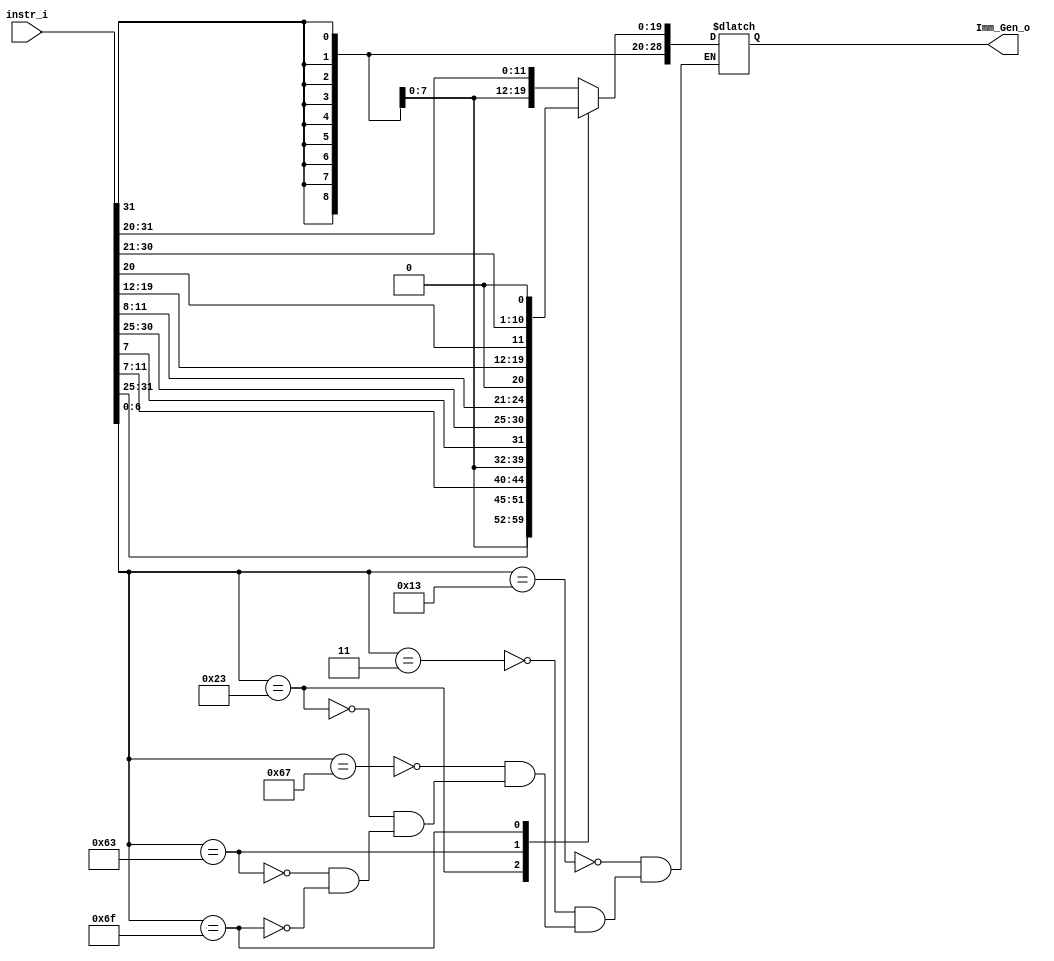

`timescale 1ns/1ps

module Imm_Gen(
    input  [31:0] instr_i,
    output reg[31:0] Imm_Gen_o
);

//Internal Signals
wire    [7-1:0] opcode;
wire    [2:0]   func3;
wire    [3-1:0] Instr_field;

assign opcode = instr_i[6:0];
assign func3  = instr_i[14:12];

/* Write your code HERE */
always@(*)begin
    case (opcode)
        7'b0010011: Imm_Gen_o = {{20{instr_i[31]}}, instr_i[31:20]};    //Itype = 20-12
        7'b0000011: Imm_Gen_o = {{20{instr_i[31]}}, instr_i[31:20]};    //lw I type
        7'b1100111: Imm_Gen_o = {{20{instr_i[31]}}, instr_i[31:20]};    //jalr Itype
        7'b0100011: Imm_Gen_o = {{20{instr_i[31]}}, instr_i[31:25], instr_i[11:7]}; //store = 20+7+5S type
        7'b1100011: Imm_Gen_o = {{20{instr_i[31]}}, instr_i[7], instr_i[30:25], instr_i[11:8], 1'b0};//beq = 20+1+6+4+1 B type
            //(branchbitbit0)
        7'b1101111: Imm_Gen_o = {{12{instr_i[31]}}, instr_i[19:12], instr_i[20], instr_i[30:21], 1'b0};//jal  = 12+8+1+10+1J type
    endcase 
    end
endmodule